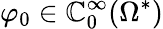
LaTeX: \varphi_{0}\in\mathbb{C}_{0}^{\infty}(\Omega^{*})